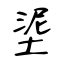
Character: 埿